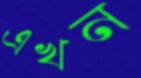
এখন